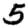
Digit: 5